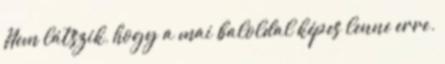
Nem látszik, hogy a mai baloldal képes lenne erre.